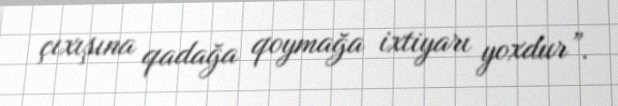
çıxışına qadağa qoymağa ixtiyarı yoxdur”.